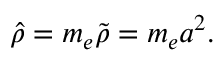
\hat { \rho } = m _ { e } \tilde { \rho } = m _ { e } a ^ { 2 } .